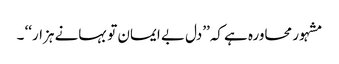
مشہور محاورہ ہے کہ’’دل بے ایمان تو بہانے ہزار‘‘ ۔